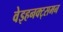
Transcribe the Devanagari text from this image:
वेइहनक्ट्समन